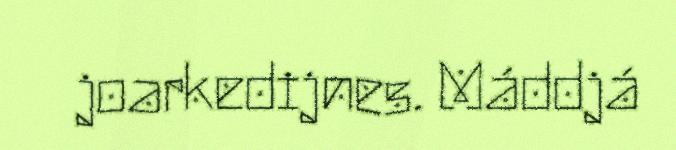
joarkedijnes. Máddjá